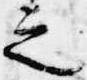
之